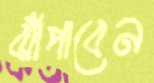
ঝাঁপাবেন